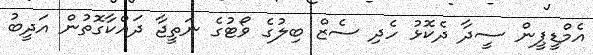
އެމްޑީޕީން ސީދާ ދެކޮޅު ހެދި ސެޒް ބިލުގެ ވޯޓުގެ ނަތީޖާ ދައްކާގޮތުން އަދީބު